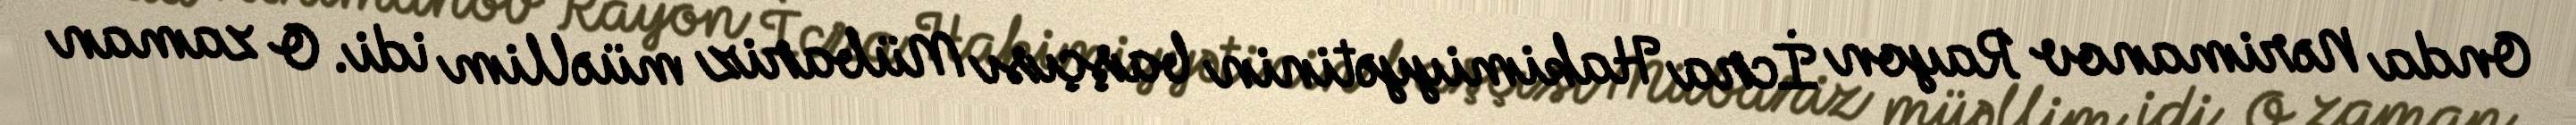
Onda Nərimanov Rayon İcra Hakimiyyətinin başçısı Mübariz müəllim idi. O zaman